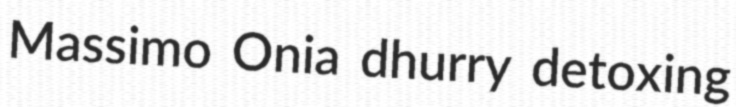
Massimo Onia dhurry detoxing